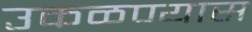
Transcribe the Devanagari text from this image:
उकळण्यास